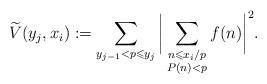
LaTeX: \begin{align*} \widetilde{V}(y_j,x_i):= \sum_{y_{j-1} < p \leqslant y_j} \bigg| \sum_{\substack{ n\leqslant x_i/p\\ P(n) < p}} f(n)\bigg|^2.\end{align*}